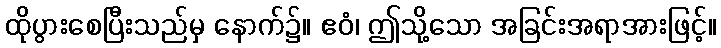
ထိုပွားစေပြီးသည်မှ နောက်၌။ ဧဝံ၊ ဤသို့သော အခြင်းအရာအားဖြင့်။